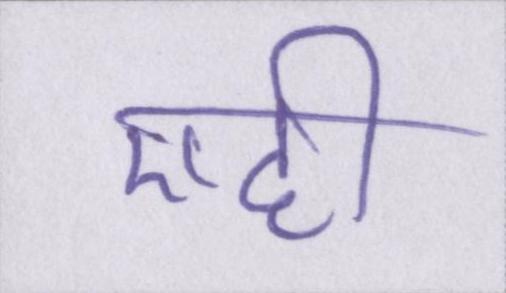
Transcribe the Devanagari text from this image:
एही